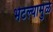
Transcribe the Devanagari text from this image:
भेटल्यामुळे